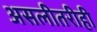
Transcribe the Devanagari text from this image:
असलीतरीही